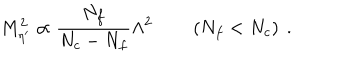
M _ { \eta ^ { \prime } } ^ { 2 } \propto \frac { N _ { f } } { N _ { c } - N _ { f } } \Lambda ^ { 2 } \qquad \left( N _ { f } < N _ { c } \right) \ .